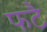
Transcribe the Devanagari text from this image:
फटै